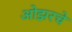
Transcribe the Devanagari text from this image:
ओझरचे